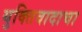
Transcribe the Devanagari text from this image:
युक्तिवादाचा